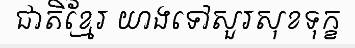
ជាតិខ្មែរ យាងទៅសួរសុខទុក្ខ